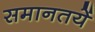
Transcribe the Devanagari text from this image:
समानतयें